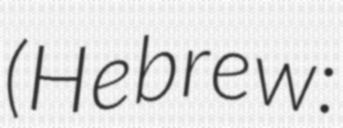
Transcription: (Hebrew: